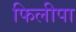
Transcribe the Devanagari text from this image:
फिलीपा